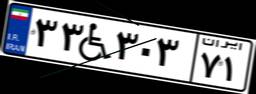
۳۳W۳۰۳۷۱